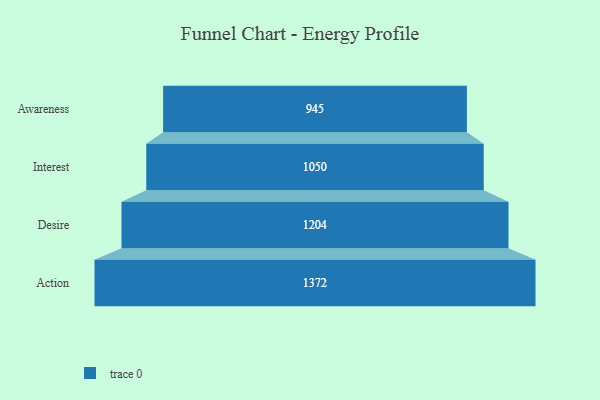
{"axis": {"x": "Stage", "y": "Value"}, "legend": [""], "data": [{"x": "Awareness", "y": 945.0, "type": ""}, {"x": "Interest", "y": 1050.0, "type": ""}, {"x": "Desire", "y": 1204.0, "type": ""}, {"x": "Action", "y": 1372.0, "type": ""}]}